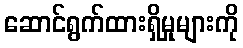
ဆောင်ရွက်ထားရှိမှုများကို